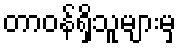
တာဝန်ရှိသူများမှ